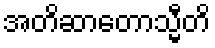
အတိဆာတောသ္မီတိ